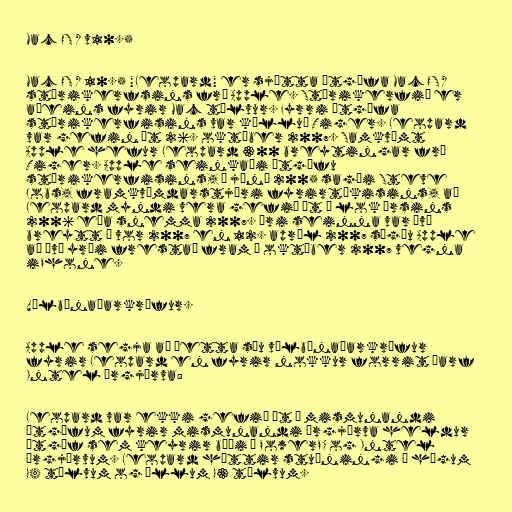
Mac OS X v10.5

Mac OS X 10.5 "Leopard" er sjötta útgáfa Mac OS X
stýrikerfsins frá Apple. Stýrikerfið er
aðeins fyrir Mac tölvur. Fyrri útgáfa
stýrikerfisins var kölluð Tiger. Leopard
var gefin út 26. október 2007. Samkvæmt
Apple hefur Leopard 300 breytingar frá
Tiger. Apple seinkaði útgáfu
stýrikerfisins, í júní 2005 sagði Steve
Jobs, framkvæmdarstjóri fyrirtækisins, að
Leopard myndi vera gefið út í lok ársins
2006 eða snemma 2007. Ári seinna var því
breytt í vor 2007 en 12. apríl 2007 sögðu Apple
að því yrði frestað fram í október 2007 vegna
iPhone.

Vélbúnaðarkröfur.

Apple segja að þetta séu vélbúnaðarkröfur
fyrir Leopard en fyrir nokkur forrit þarf
Intel örgjörva:

Leopard var ekki gefið út í mismunandi
útgáfum fyrir mismunandi örgjörva heldur
útgáf sem keyrir bæði á PowerPC og Intel
örgjörvum. Leopard hættir stuðningi á hægum
G4 tölvum og öllum G3 tölvum.